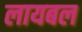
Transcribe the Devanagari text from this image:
लायबल